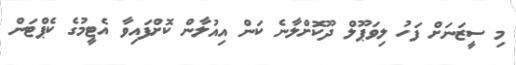
މި ސީޒަނަށް ފަހު ލިވަޕޫލް ދޫކޮށްލާނެ ކަން އިއުލާން ކޮށްފައިވާ އެޓީމުގެ ކެޕްޓަން